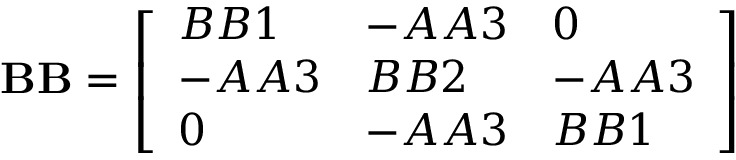
\mathbf { B B } = { \left[ \begin{array} { l l l } { B B 1 } & { - A A 3 } & { 0 } \\ { - A A 3 } & { B B 2 } & { - A A 3 } \\ { 0 } & { - A A 3 } & { B B 1 } \end{array} \right] }